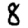
Digit: 8